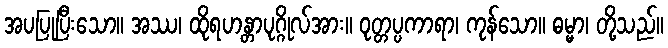
အပပြုပြီးသော။ အဿ၊ ထိုရဟန္တာပုဂ္ဂိုလ်အား။ ဝုတ္တပ္ပကာရာ၊ ကုန်သော။ ဓမ္မာ၊ တို့သည်။